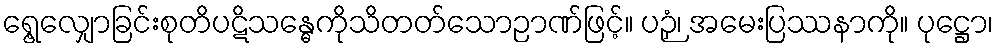
ရွေ့လျှောခြင်းစုတိပဋိသန္ဓေကိုသိတတ်သောဉာဏ်ဖြင့်။ ပဉှံ၊ အမေးပြဿနာကို။ ပုဋ္ဌော၊